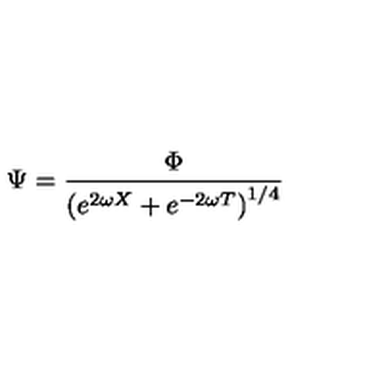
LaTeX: \Psi = \frac { \Phi } { \left( e ^ { 2 \omega X } + e ^ { - 2 \omega T } \right) ^ { 1 / 4 } }